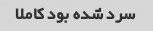
سرد شده بود کاملا